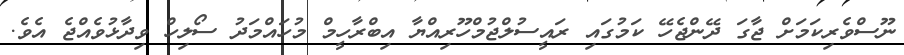
ނޫސްވެރިކަމަށް ޖާގަ ދޭންޖެހޭ ކަމުގައި ރައީސުލްޖުމްހޫރިއްޔާ އިބްރާހީމް މުހައްމަދު ސޯލިހް ވިދާޅުވެއްޖެ އެވެ.